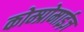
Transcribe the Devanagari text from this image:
कोम्प्रोमाईज़